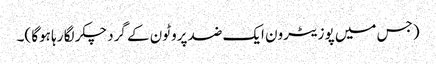
(جس میں پوزیٹرون ایک ضد پروٹون کے گرد چکر لگا رہا ہوگا )۔